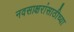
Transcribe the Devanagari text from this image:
नवसाक्षरांसाठीच्या